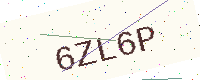
Text: 6ZL6P